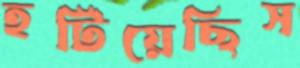
হটিয়েছিস